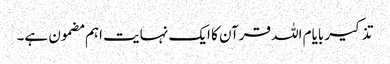
تذکیر بایام اللہ قرآن کا ایک نہایت اہم مضمون ہے۔